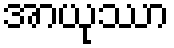
အာယုဿာ